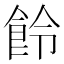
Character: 𩚹